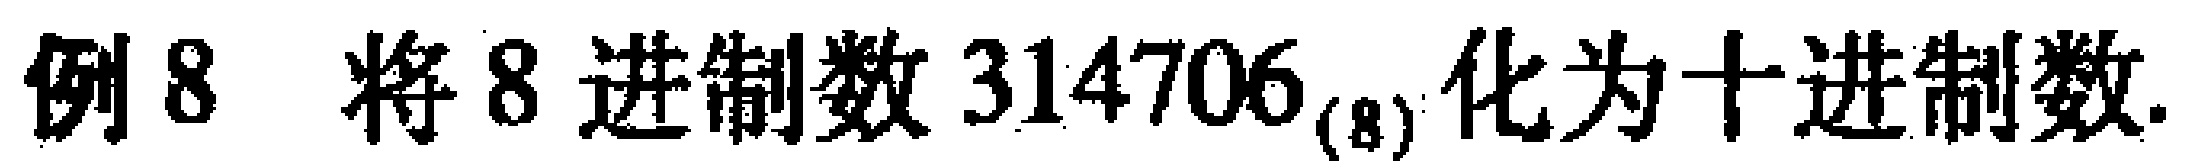
例8 将8进制数$314706_{(8)}$化为十进制数.